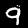
Digit: 9